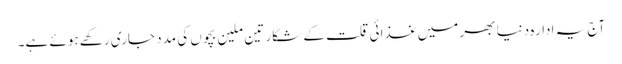
آج یہ ادارہ دنیا بھر میں غذائی قلت کے شکار تین ملین بچوں کی مدد جاری رکھے ہوئے ہے۔